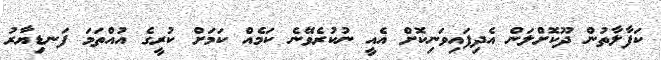
ކަފާލާތުން ދޫކޮށްލަން އެދިފައިވަނިކޮށް އެއީ ނުކުރެވޭނެ ކަމެއް ކަމަށް ކުރީގެ އުއްތަމަ ފަނޑިޔާރު